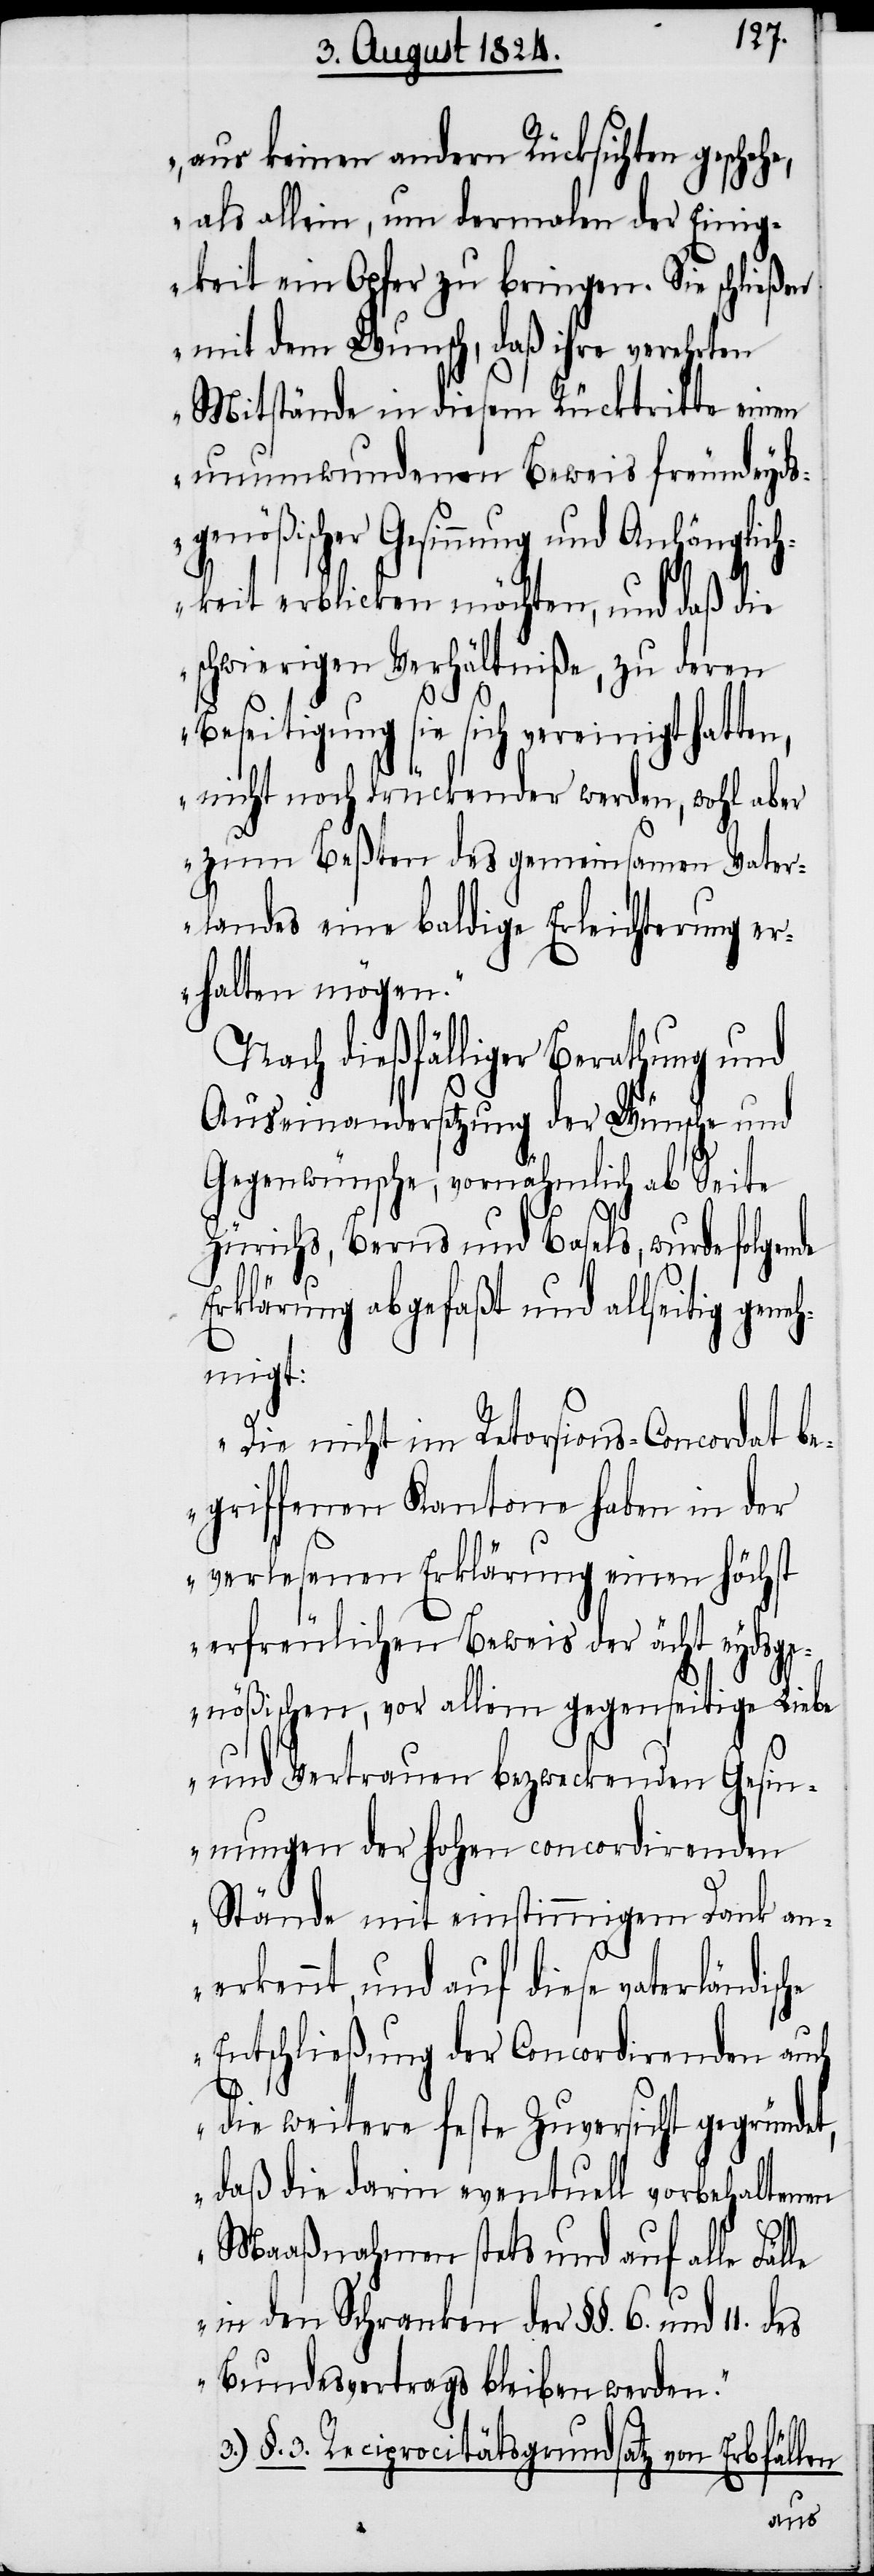
aus keinen andern Rücksichten geschehe,
als allein, um dermalen der Einig¬
keit ein Opfer zu bringen. Sie schließen
mit dem Wunsch, daß ihre vermehrten
Mitstände in diesem Rücktritte einen
unumwundenen Beweis freundeyds¬
genößischer Gesinnung und Anhänglic¬
hkeit erblicken möchten, und daß die
schwierigen Verhältniße, zu deren
Beseitigung sie sich vereinigt hatten,
nicht noch drückender werden, wohl aber
zum Beßten des gemeinsamen Vater¬
landes eine baldige Erleichterung er¬
halten mögen.“
Nach dießfälliger Berathung und
Auseinandersetzung der Wünsche und
Gegenwünsche, vornähmlich ab Seite
des
Zürichs, Berns und Basels, wurde folende
le
Erklärung abgefaßt und allseitig geneh¬
migt:
„Die nicht im Retorsions-Concordat be¬
griffenen Kantone haben in der
verlesenen Erklärung einen höchst
erfreulichen Beweis der ächt eydsge¬
nößischen, vor allem gegenseitige Liebe
und Vertrauen bezweckenden Gesin¬
nungen der hohen concordirenden
Stände mit einstimmigem Dank an¬
erkennt, und auf diese vaterländische
Entschließung der Concordirenden auch
die weitere feste Zuversicht gegründet,
daß die darin eventuell vorbehaltenen
Maaßnahmen stets und auf alle Fäl¬
in den Schranken der §§. 6. und
Bundesvertrags bleiben werden.“
3.) §. 3. Reciprocitätsgrundsatz von Erbfällen